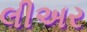
લીઅર